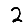
Digit: 2